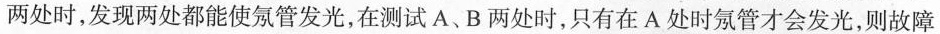
两处时，发现两处都能使氖管发光，在测试A、B两处时，只有在A处时氖管才会发光，则故障